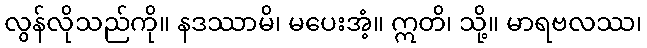
လွန်လိုသည်ကို။ နဒဿာမိ၊ မပေးအံ့။ ဣတိ၊ သို့။ မာရဗလဿ၊